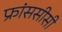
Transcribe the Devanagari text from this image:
फ्रांससीसी